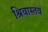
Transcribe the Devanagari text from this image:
श्रिवास्तव